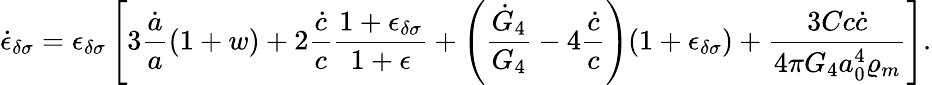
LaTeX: \dot{\epsilon}_{\delta\sigma}=\epsilon_{\delta\sigma}\left[3{\frac{\dot{a}}{a}}(1+w)+2{\frac{\dot{c}}{c}}{\frac{1+\epsilon_{\delta\sigma}}{1+\epsilon}}+\left({\frac{\dot{G}_{4}}{G_{4}}}-4{\frac{\dot{c}}{c}}\right)(1+\epsilon_{\delta\sigma})+{\frac{3Cc\dot{c}}{4\pi G_{4}a_{0}^{4}\varrho_{m}}}\right].